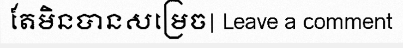
តែមិនបានសម្រេច| Leave a comment